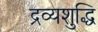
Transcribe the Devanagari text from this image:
द्रव्यशुद्धि